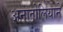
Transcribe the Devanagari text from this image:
अनातोलियाने